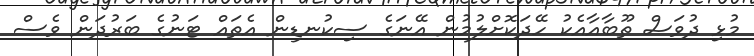
މުޅި ދުވަސް ތޫބާއާއެކު ހޭދަކޮށްލުމުން އޭނަގެ ސިކުނޑިން އެތައް ޓަނުގެ ބަރުދަން ވެސް